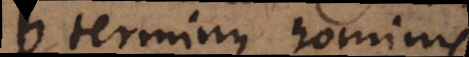
b terminus hominis